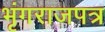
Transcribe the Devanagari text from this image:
भृंगराजपत्र